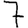
Digit: 7